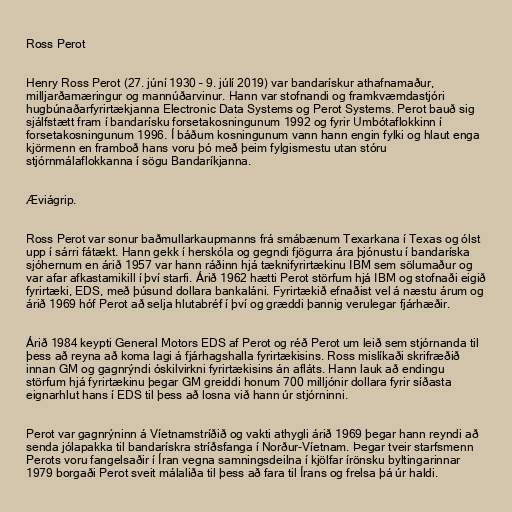
Ross Perot

Henry Ross Perot (27. júní 1930 – 9. júlí 2019) var bandarískur athafnamaður,
milljarðamæringur og mannúðarvinur. Hann var stofnandi og framkvæmdastjóri
hugbúnaðarfyrirtækjanna Electronic Data Systems og Perot Systems. Perot bauð sig
sjálfstætt fram í bandarísku forsetakosningunum 1992 og fyrir Umbótaflokkinn í
forsetakosningunum 1996. Í báðum kosningunum vann hann engin fylki og hlaut enga
kjörmenn en framboð hans voru þó með þeim fylgismestu utan stóru
stjórnmálaflokkanna í sögu Bandaríkjanna.

Æviágrip.

Ross Perot var sonur baðmullarkaupmanns frá smábænum Texarkana í Texas og ólst
upp í sárri fátækt. Hann gekk í herskóla og gegndi fjögurra ára þjónustu í bandaríska
sjóhernum en árið 1957 var hann ráðinn hjá tæknifyrirtækinu IBM sem sölumaður og
var afar afkastamikill í því starfi. Árið 1962 hætti Perot störfum hjá IBM og stofnaði eigið
fyrirtæki, EDS, með þúsund dollara bankaláni. Fyrirtækið efnaðist vel á næstu árum og
árið 1969 hóf Perot að selja hlutabréf í því og græddi þannig verulegar fjárhæðir.

Árið 1984 keypti General Motors EDS af Perot og réð Perot um leið sem stjórnanda til
þess að reyna að koma lagi á fjárhagshalla fyrirtækisins. Ross mislíkaði skrifræðið
innan GM og gagnrýndi óskilvirkni fyrirtækisins án afláts. Hann lauk að endingu
störfum hjá fyrirtækinu þegar GM greiddi honum 700 milljónir dollara fyrir síðasta
eignarhlut hans í EDS til þess að losna við hann úr stjórninni.

Perot var gagnrýninn á Víetnamstríðið og vakti athygli árið 1969 þegar hann reyndi að
senda jólapakka til bandarískra stríðsfanga í Norður-Víetnam. Þegar tveir starfsmenn
Perots voru fangelsaðir í Íran vegna samningsdeilna í kjölfar írönsku byltingarinnar
1979 borgaði Perot sveit málaliða til þess að fara til Írans og frelsa þá úr haldi.